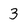
Character: 3